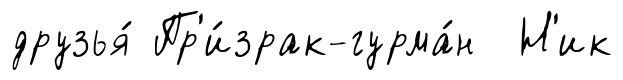
друзья́ Пр'и́зрак-гурма́н Н'ик